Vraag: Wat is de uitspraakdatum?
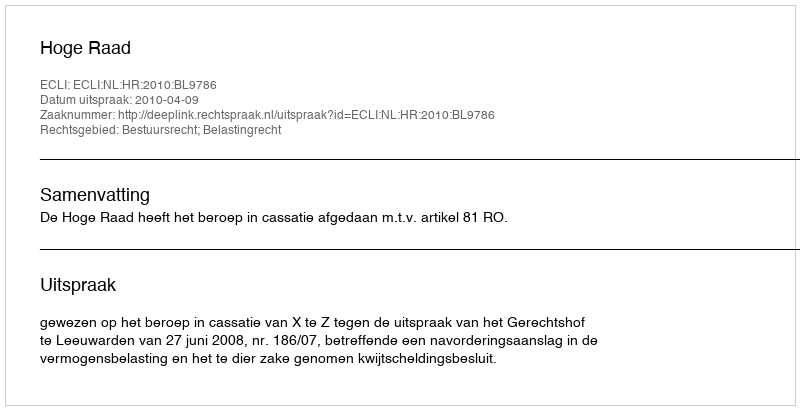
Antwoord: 2010-04-09